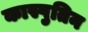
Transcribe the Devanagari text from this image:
कास्पुतिन